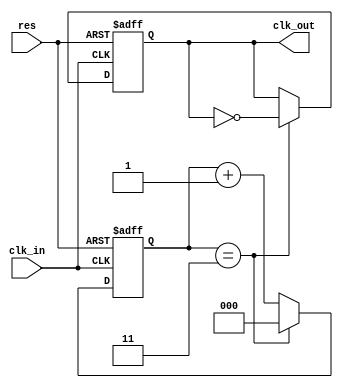
/* FPGA Util library
	Copyright (C) 2013-2014  Carsten Elton Sorensen

	This program is free software: you can redistribute it and/or modify
	it under the terms of the GNU General Public License as published by
	the Free Software Foundation, either version 3 of the License, or
	(at your option) any later version.

	This program is distributed in the hope that it will be useful,
	but WITHOUT ANY WARRANTY; without even the implied warranty of
	MERCHANTABILITY or FITNESS FOR A PARTICULAR PURPOSE.  See the
	GNU General Public License for more details.

	You should have received a copy of the GNU General Public License
	along with this program.  If not, see <http://www.gnu.org/licenses/>.
*/

// A simple clock divider with asynchronous reset
module clk_divider(
	input			res,

	input			clk_in,
	output reg	clk_out = 0
);

parameter divider = 8;
localparam halfdiv = divider / 2;
localparam width = int_width(halfdiv);

reg [width - 1:0] cnt = 0;

always @ (posedge clk_in, posedge res) begin
	if (res) begin
		cnt <= 0;
		clk_out <= 0;
	end else begin
		if (cnt == halfdiv - 1) begin
			cnt <= 0;
			clk_out <= !clk_out;
		end else begin
			cnt <= cnt + 1'd1;
		end;
	end;
end


function integer int_width;
	input [31:0] value;

	for (int_width = 0; value > 0; int_width = int_width + 1) begin
		value = value >> 1;
	end

endfunction

endmodule